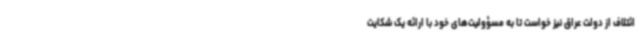
ائتلاف از دولت عراق نیز خواست تا به مسؤولیت‌های خود با ارائه یک شکایت